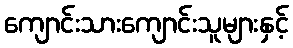
ကျောင်းသားကျောင်းသူများနှင့်